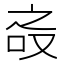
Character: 𰇝